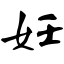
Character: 妊